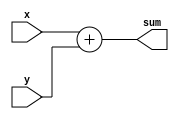
module top_module (
    input [3:0] x,
    input [3:0] y, 
    output [4:0] sum
    );
    //way1
    // wire [3:0] c1, c2, c3;
    // fadd fa1(.a(x[0]), .b(y[0]), .cin(), .cout(c1), .sum(sum[0]));
    // fadd fa2(.a(x[1]), .b(y[1]), .cin(c1), .cout(c2), .sum(sum[1]));
    // fadd fa3(.a(x[2]), .b(y[2]), .cin(c2), .cout(c3), .sum(sum[2]));
    // fadd fa4(.a(x[3]), .b(y[3]), .cin(c3), .cout(sum[4]), .sum(sum[3]));
    
    //way2
    assign sum = x + y;
endmodule


module fadd( 
    input a, b, cin,
    output cout, sum 
    );
    assign {cout, sum} = a + b + cin;
endmodule